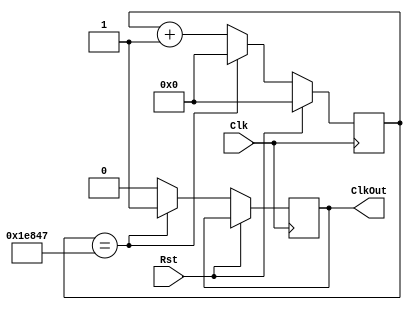
`timescale 1ns / 1ps
//////////////////////////////////////////////////////////////////////////////////
// Company: 
// Engineer: 
// 
// Design Name: 
// Module Name: RefreshDisplay
// Project Name: 
// Target Devices: 
// Tool Versions: 
// Description: 
// 
// Dependencies: 
// 
// Revision:
// Revision 0.01 - File Created
// Additional Comments:
// 
//////////////////////////////////////////////////////////////////////////////////


module RefreshDisplay(
    input Rst,
    input Clk,
    output  reg ClkOut
    );
    
    parameter BoardFrequency = 100000000;
    parameter Exp = 27;
    reg [Exp-1:0] FreqCounter;
    always @(posedge Clk)
    begin
        if (Rst)
            FreqCounter = 0;
        else
            if (FreqCounter == 124999) begin
                FreqCounter = 0;
                ClkOut = 1'b1;
            end
            else 
            begin
                FreqCounter = FreqCounter + 1'b1;
                ClkOut = 1'b0;
            end
    end
endmodule